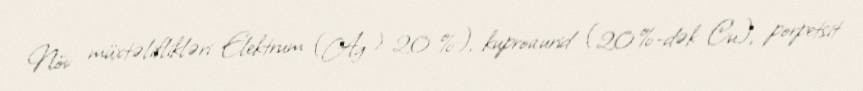
Növ müxtəliflikləri Elektrum (Ag > 20 %), kuproaurid (20%-dək Cu), porpetsit